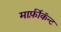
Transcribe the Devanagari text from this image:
मार्फ़ीकॅन्ट